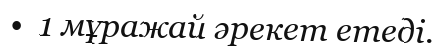
•  1 мұражай әрекет етеді.